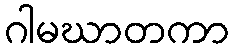
ဂါမဃာတကာ